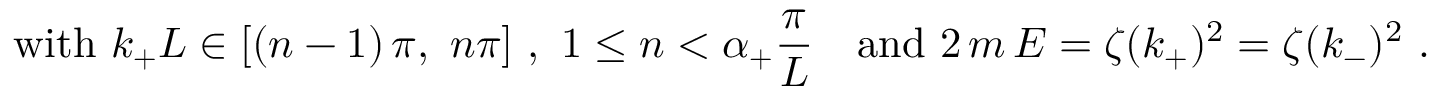
\mathrm { w i t h } \ k _ { + } L \in [ ( n - 1 ) \, \pi , \ n \pi ] \ , \ 1 \leq n < \alpha _ { + } \frac \pi L \quad \mathrm { a n d } \ 2 \, m \, E = \zeta ( k _ { + } ) ^ { 2 } = \zeta ( k _ { - } ) ^ { 2 } \ . \nonumber